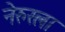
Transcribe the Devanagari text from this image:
नेरुरला